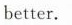
better.